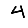
Digit: 4